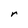
Character: r